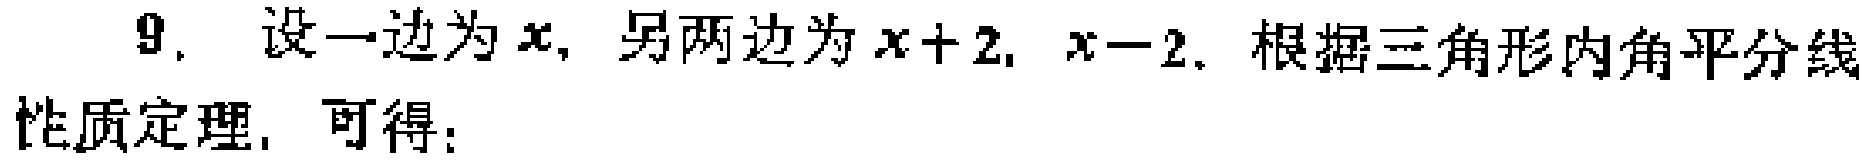
9. 设一边为\(x\)，另两边为\(x + 2\)，\(x - 2\). 根据三角形内角平分线性质定理，可得：